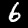
Digit: 6